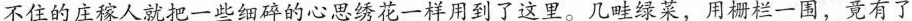
不住的庄稼人就把一些细碎的心思绣花一样用到了这里。几畦绿菜，用栅栏一围，竟有了